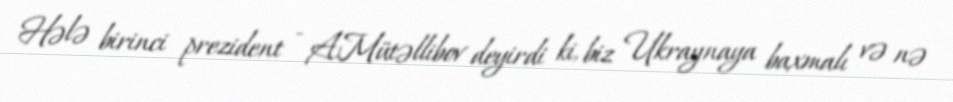
Hələ birinci prezident - A.Mütəllibov deyirdi ki, biz Ukraynaya baxmalı və nə